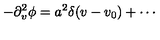
- \partial _ { v } ^ { 2 } \phi = a ^ { 2 } \delta ( v - v _ { 0 } ) + \cdots